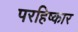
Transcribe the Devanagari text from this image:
परहिष्कार